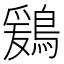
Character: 鶢